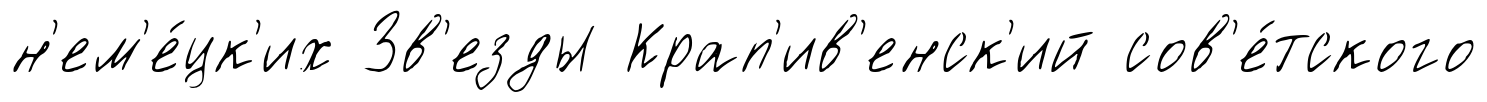
н'ем'е́цк'их Зв'езды Крап'ив'енск'ий сов'е́тского